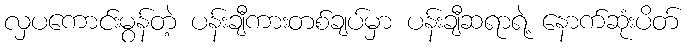
လှပကောင်းမွန်တဲ့ ပန်းချီကားတစ်ချပ်မှာ ပန်းချီဆရာရဲ့ နောက်ဆုံးပိတ်